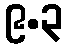
၉.၃